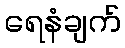
ရေနံချက်